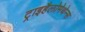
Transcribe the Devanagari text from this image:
ट्राइहैलोमेथेन्स